Statistical return of the lunatic asylum in Assam - 1912-1932
Year: 1912
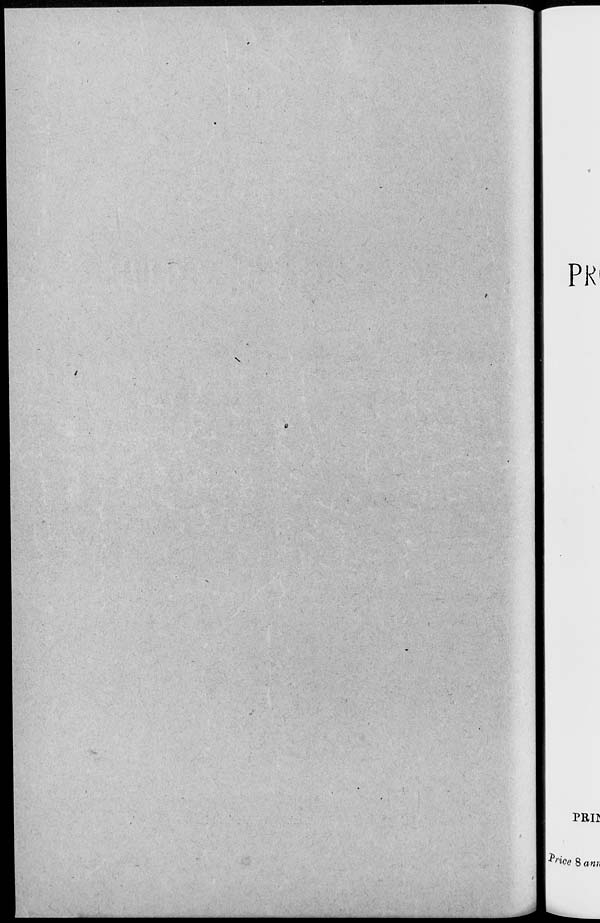
PR
\
PRII
me 8 am\